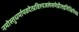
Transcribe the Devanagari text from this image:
नमोस्तुधर्मायवदेत्प्रविश्यजलंसमेप्रीतइतिक्षिपेच्च